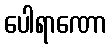
ပေါရာဏော